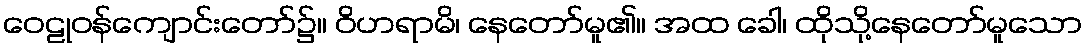
ဝေဠုဝန်ကျောင်းတော်၌။ ဝိဟရာမိ၊ နေတော်မူ၏။ အထ ခေါ၊ ထိုသို့နေတော်မူသော